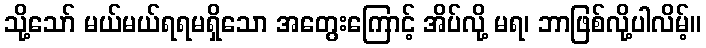
သို့သော် မယ်မယ်ရရမရှိသော အတွေးကြောင့် အိပ်လို့ မရ၊ ဘာဖြစ်လို့ပါလိမ့်။